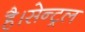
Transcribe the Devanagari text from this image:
है।सेन्ट्रल